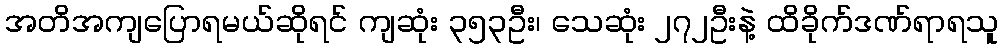
အတိအကျပြောရမယ်ဆိုရင် ကျဆုံး ၃၅၃ဦး၊ သေဆုံး ၂၇၂ဦးနဲ့ ထိခိုက်ဒဏ်ရာရသူ